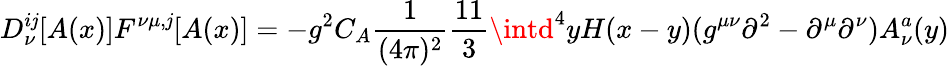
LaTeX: D_{\nu}^{i\mathit{j}}[A(x)]F^{\nu\mu,\mathit{j}}[A(x)]=-g^{2}C_{A}\frac{1}{{(4\pi)^{2}}}\frac{{11}}{{3}}\intd^{4}yH(x-y)(g^{\mu\nu}\partial^{2}-\partial^{\mu}\partial^{\nu})A_{\nu}^{a}(y)